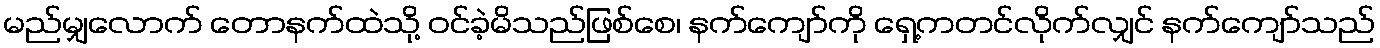
မည်မျှလောက် တောနက်ထဲသို့ ဝင်ခဲ့မိသည်ဖြစ်စေ၊ နက်ကျော်ကို ရှေ့ကတင်လိုက်လျှင် နက်ကျော်သည်